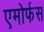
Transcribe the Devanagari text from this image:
एमोर्फस